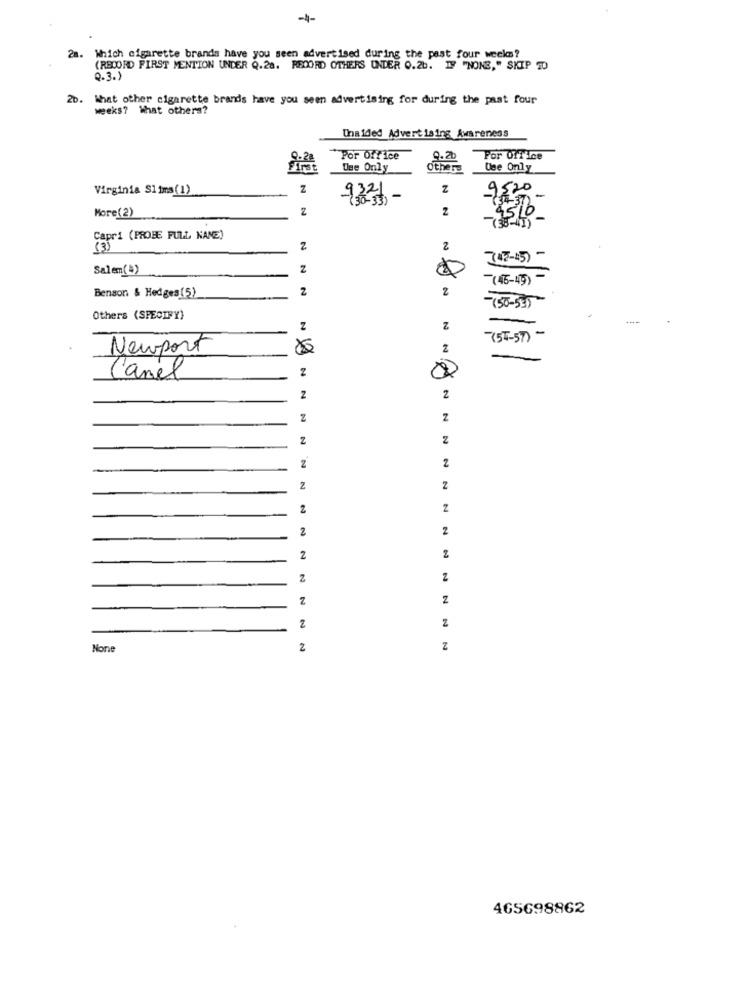
-1-
2m.
Which cigarette brands have you seen advertised during the past four weeks?
(RECORD FIRST MENTION UNDER Q.28. RECORD OTHERS UNDER 0.26. IF "NONE," SKIP TO
Q.3.)
2b. What other cigarette brands have you seen advertising for during the past four
weeks? What others?
Unaided Advertising Awareness
Por Office
9.20
For Office
Use Only
Others
Use Only
Virginia Slims (1)
Z
z
9520
932 ,-
2
2
More(2)
450_
Capri (PROBE FULL NANE)
Z
2
(45-45) -
Salem()
Z
0
(46-45) -
z
2
Benson & Hedges (5)
(50-53)
Others (SPECIFY)
Z
Z
(54-57) -
Newport
Canel
2
2
Z
Z
z
z
z
2
2
Z
2
2
2
2
2
z
2
2
Z
z
2
Z
2
z
465698862